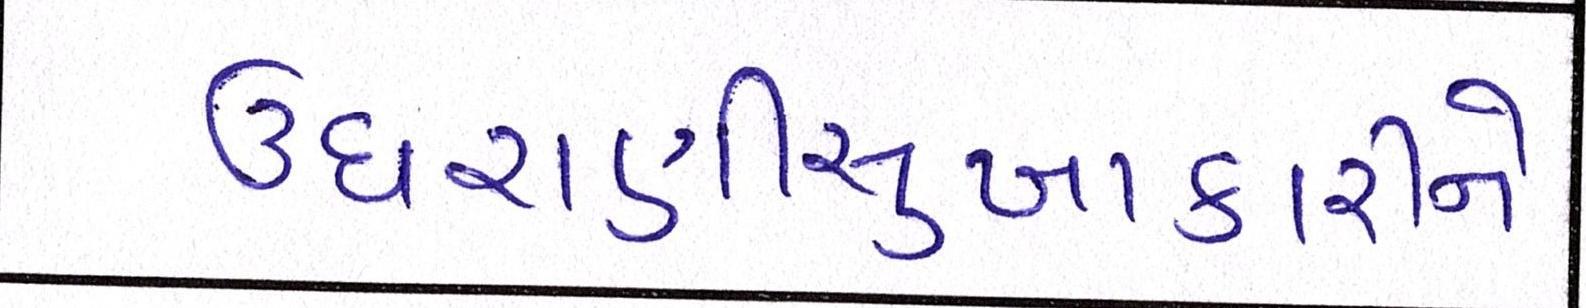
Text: ઉઘરાણીસુખાકારીને